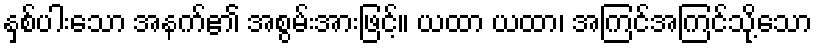
နှစ်ပါးသော အနက်၏ အစွမ်းအားဖြင့်။ ယထာ ယထာ၊ အကြင်အကြင်သို့သော